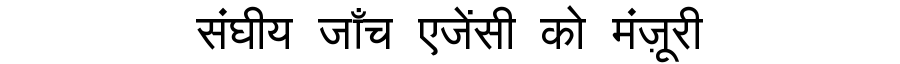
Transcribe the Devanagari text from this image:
संघीय जाँच एजेंसी को मंज़ूरी